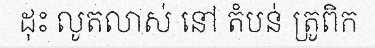
ដុះ លូតលាស់ នៅ តំបន់ ត្រូពិក